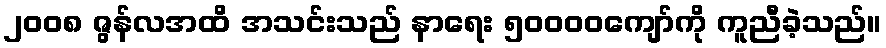
၂၀၀၈ ဇွန်လအထိ အသင်းသည် နာရေး ၅၀၀၀၀ကျော်ကို ကူညီခဲ့သည်။